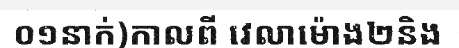
០១នាក់)កាលពី វេលាម៉ោង២និង